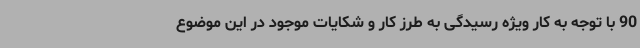
90 با توجه به کار ویژه رسیدگی به طرز کار و شکایات موجود در این موضوع